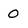
Character: 0